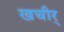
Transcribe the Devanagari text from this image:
खचीर्